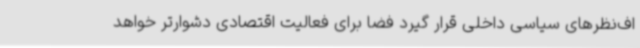
اف‌نظرهای سیاسی داخلی قرار گیرد فضا برای فعالیت اقتصادی دشوارتر خواهد